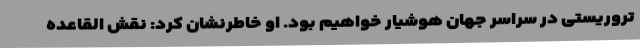
تروریستی در سراسر جهان هوشیار خواهیم بود. او خاطرنشان کرد: نقش القاعده